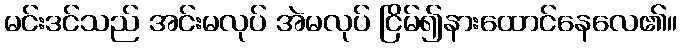
မင်းဒင်သည် အင်းမလုပ် အဲမလုပ် ငြိမ်၍နားထောင်နေလေ၏။